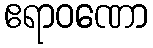
ဧရာဝဏော